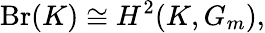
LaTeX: {\textrm{Br}}(K)\cong H^{2}(K,G_{m}),